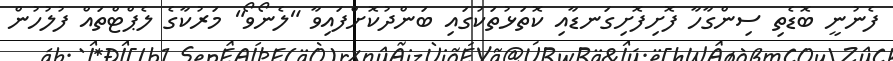
ފެނުނީ ބޮޑެތި ސިންގާހާ ފޮށިފޮށިގަނޑާއި ކޮތަޅުތަކުގައި ބަންދުކޮށްފައިވާ "ލެނޯވޯ" މަރުކާގެ ލެޕްޓްތައް ފުލުހުން